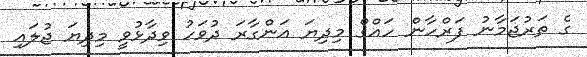
ގެ ތަރުޖަމާނު ފަރްހާން ހައްޤް މިދިޔަ އަންގާރަ ދުވަހު ވިދާޅުވީ މިދިޔަ ޖުލައި